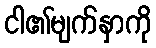
ငါ၏မျက်နှာကို